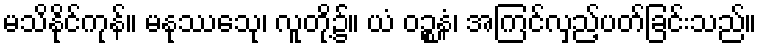
မသိနိုင်ကုန်။ မနုဿေသု၊ လူတို့၌။ ယံ ဝဉ္စနံ၊ အကြင်လှည့်ပတ်ခြင်းသည်။